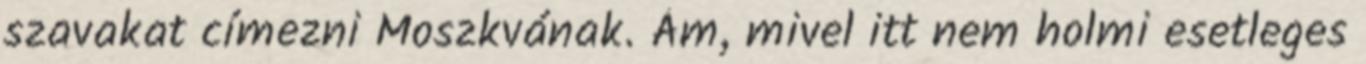
szavakat címezni Moszkvának. Ám, mivel itt nem holmi esetleges